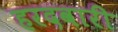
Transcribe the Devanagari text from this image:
हरदवारी